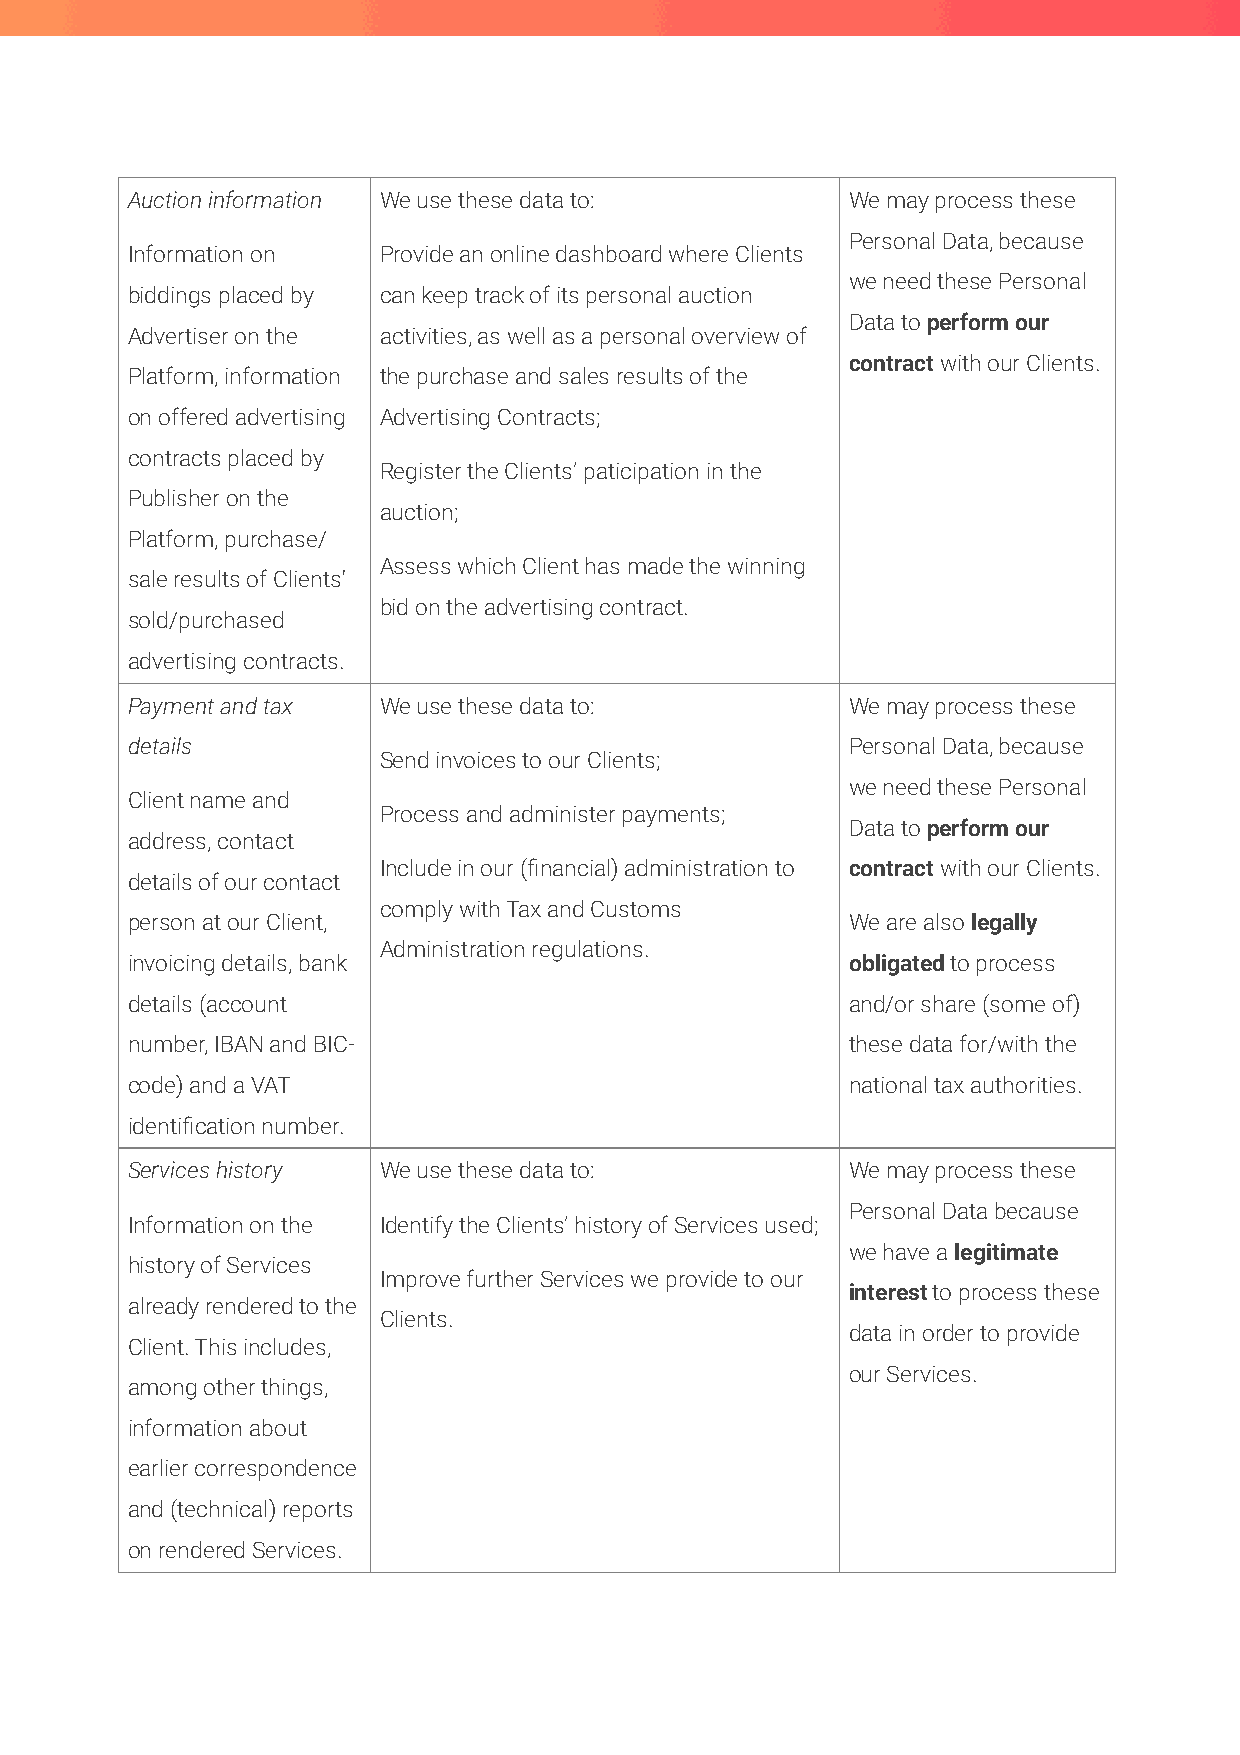
Auction information We use these data to:       We may process these
 Personal Data, because
 Information on   Provide an online dashboard where Clients
 we need these Personal
 biddings placed by can keep track of its personal auction
 Data to perform our
 Advertiser on the activities, as well as a personal overview of
 contract with our Clients.
 Platform, information the purchase and sales results of the
 on offered advertising Advertising Contracts;
 contracts placed by
 Register the Clients’ paticipation in the
 Publisher on the
 auction;
 Platform, purchase/
 Assess which Client has made the winning
 sale results of Clients'
 bid on the advertising contract.
 sold/purchased
 advertising contracts.
 Payment and tax  We use these data to:          We may process these
 details                                         Personal Data, because
 Send invoices to our Clients;
 we need these Personal
 Client name and
 Process and administer payments;
 Data to perform our
 address, contact
 Include in our (financial) administration to contract with our Clients.
 details of our contact
 comply with Tax and Customs
 person at our Client,                           We are also legally
 Administration regulations.
 invoicing details, bank                         obligated to process
 details (account                                and/or share (some of)
 number, IBAN and BIC-                           these data for/with the
 code) and a VAT                                 national tax authorities.
 identification number.
 Services history We use these data to:          We may process these
 Personal Data because
 Information on the Identify the Clients’ history of Services used;
 we have a legitimate
 history of Services
 Improve further Services we provide to our
 interest to process these
 already rendered to the
 Clients.
 data in order to provide
 Client. This includes,
 our Services.
 among other things,
 information about
 earlier correspondence
 and (technical) reports
 on rendered Services.